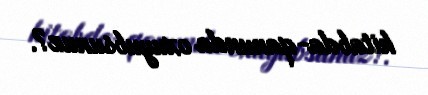
kitabda-qanunda oxuyubsunuz?.